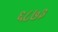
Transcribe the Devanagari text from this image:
६८७३